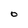
Character: O